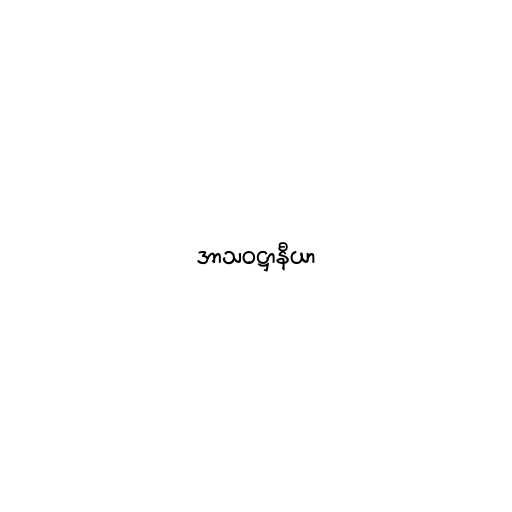
အာသဝဋ္ဌာနီယာ